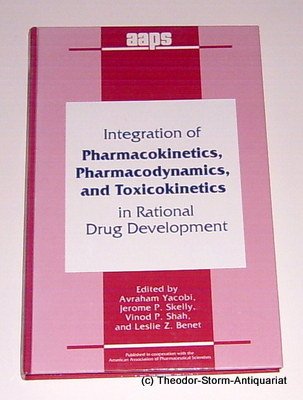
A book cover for Integration of Pharmacokinetics, Pharmacodynamics, and Toxicokinetics in Rational Drug Development; Medical Books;